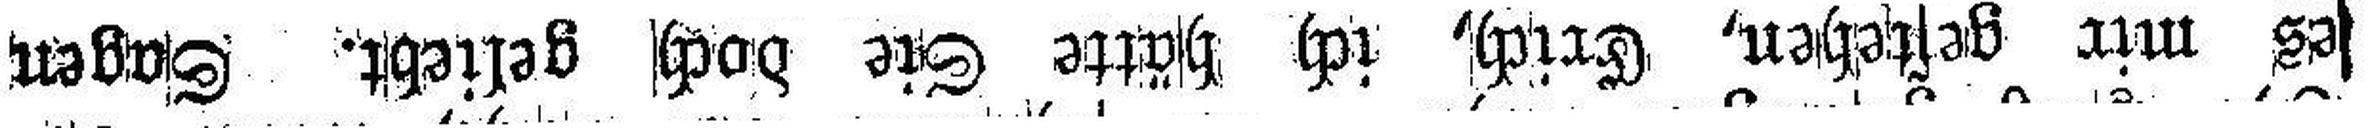
es mir gestehen, Erich, ich hätte Sie doch geliebt. Sagen